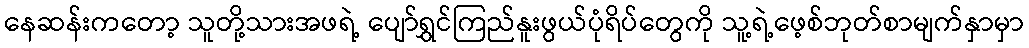
နေဆန်းကတော့ သူတို့သားအဖရဲ့ ပျော်ရွှင်ကြည်နူးဖွယ်ပုံရိပ်တွေကို သူ့ရဲ့ဖေ့စ်ဘုတ်စာမျက်နှာမှာ